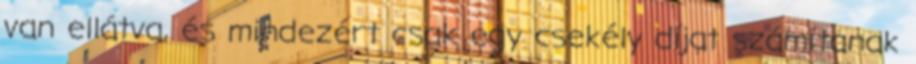
van ellátva, és mindezért csak egy csekély díjat számítanak